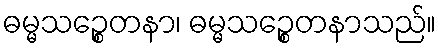
ဓမ္မသဉ္စေတနာ၊ ဓမ္မသဉ္စေတနာသည်။